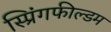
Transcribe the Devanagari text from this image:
स्प्रिंगफील्डम